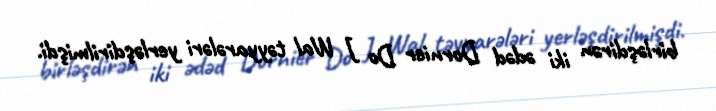
birləşdirən iki ədəd Dornier Do J Wal təyyarələri yerləşdirilmişdi.